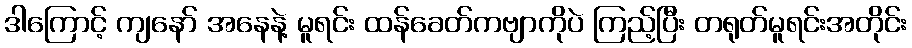
ဒါကြောင့် ကျနော် အနေနဲ့ မူရင်း ထန်ခေတ်ကဗျာကိုပဲ ကြည့်ပြီး တရုတ်မူရင်းအတိုင်း